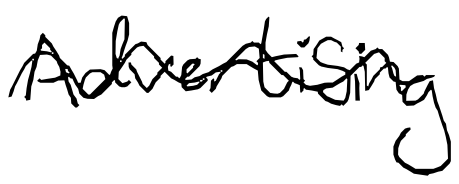
Text: Advertising
Cross-out: wave
Writing tool: digital_black